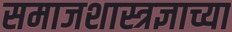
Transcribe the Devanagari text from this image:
समाजशास्त्रज्ञाच्या